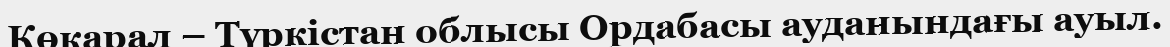
Көкарал – Түркістан облысы Ордабасы ауданындағы ауыл.